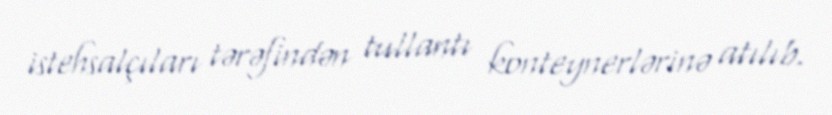
istehsalçıları tərəfindən tullantı konteynerlərinə atılıb.